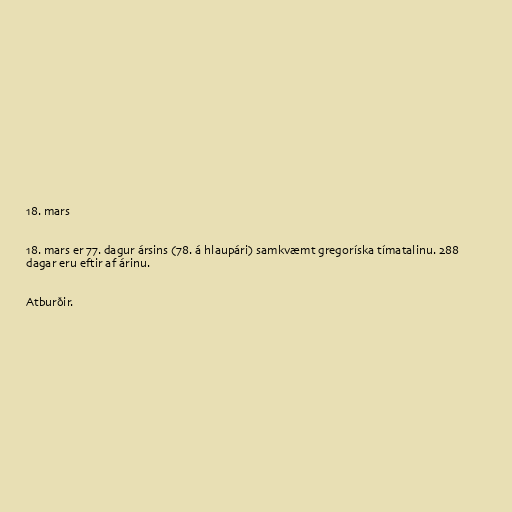
18. mars

18. mars er 77. dagur ársins (78. á hlaupári) samkvæmt gregoríska tímatalinu. 288
dagar eru eftir af árinu.

Atburðir.